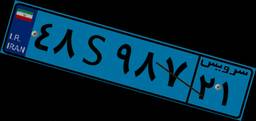
۰۶S۴۰۵۷۱